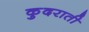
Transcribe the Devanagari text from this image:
कुदराती